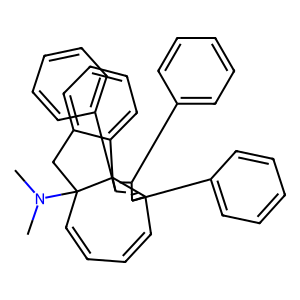
SMILES: CN(C)C12C=CC=CC3=C(c4ccccc4)C(c4ccccc4)=C(c4ccccc4)C31c1ccccc1C2
Inhibits HIV replication: No